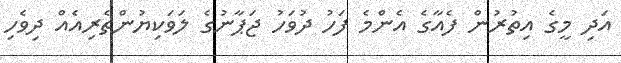
އަދި މީގެ އިތުރުން ފެއާގެ އެންމެ ފަހު ދުވަހު ޖަޕާނުގެ ލަވަކިޔުންތެރިއެއް ދިވެހި